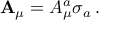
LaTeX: { \mathbf { A } } _ { \mu } = A _ { \mu } ^ { a } \sigma _ { a } \, .